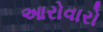
આરોવારો